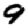
Digit: 9